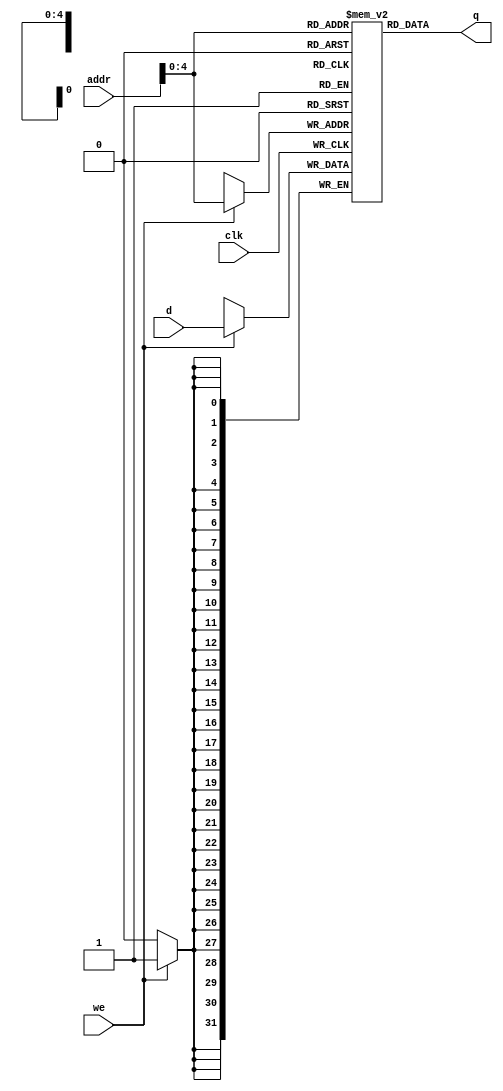
/******************************************************************************
 ** Logisim goes FPGA automatic generated Verilog code                       **
 **                                                                          **
 ** Component : RAM_DATAPLACE                                                **
 **                                                                          **
 ******************************************************************************/

`timescale 1ns/1ps
module RAM_DATAPLACE( addr,
                      clk,
                      d,
                      we,
                      q);

   /***************************************************************************
    ** Here the inputs are defined                                           **
    ***************************************************************************/
   input[9:0]  addr;
   input  clk;
   input[31:0]  d;
   input  we;

   /***************************************************************************
    ** Here the outputs are defined                                          **
    ***************************************************************************/
   output[31:0] q;

	reg [31:0] mem[31:0];
	always @ (posedge clk) begin
		if (we)
			mem[addr] <= d;
	end
	assign q = mem[addr];

endmodule